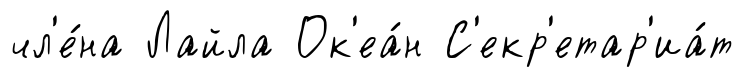
чл'е́на Лайла Ок'еа́н С'екр'етар'иа́т